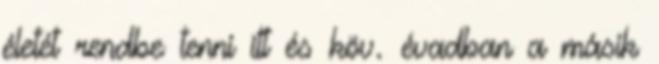
életét rendbe tenni itt és köv. évadban a másik